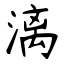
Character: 漓